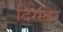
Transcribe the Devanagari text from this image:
दिग्म्बर